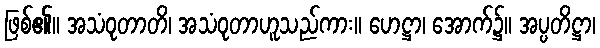
ဖြစ်၏။ အသံဝုတာတိ၊ အသံဝုတာဟူသည်ကား။ ဟေဋ္ဌာ၊ အောက်၌။ အပ္ပတိဋ္ဌာ၊